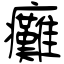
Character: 癱